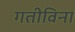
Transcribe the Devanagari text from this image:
गतीविना